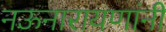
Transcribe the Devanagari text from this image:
नऊनारायणांनी